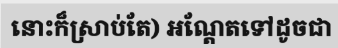
នោះក៏ស្រាប់តែ) អណ្តែតទៅដូចជា